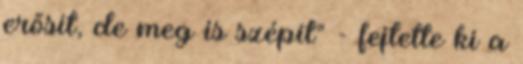
erősít, de meg is szépít" - fejtette ki a